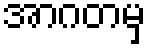
အာဂတမှ